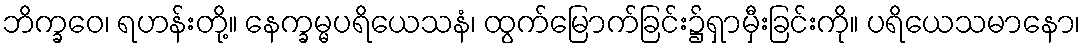
ဘိက္ခဝေ၊ ရဟန်းတို့။ နေက္ခမ္မပရိယေသနံ၊ ထွက်မြောက်ခြင်း၌ရှာမှီးခြင်းကို။ ပရိယေသမာနော၊